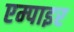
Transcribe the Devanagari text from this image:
एम्पाइर